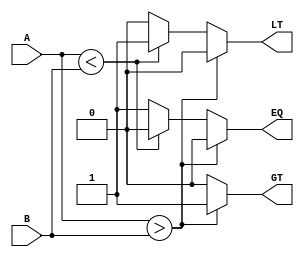
module comparator_nb(A, B, EQ, LT, GT);

 input [n-1:0] A, B;
 output reg EQ, LT, GT;

 parameter n = 32;

    always@(A, B)
    begin
        if(A > B)
            begin
                EQ = 0;
                LT = 0;
                GT = 1;
            end
         else if (A < B)
            begin
                EQ = 0;
                LT = 1;
                GT = 0;
            end
         else
            begin
                EQ = 1;
                LT = 0;
                GT = 0;
            end
    end
    
endmodule